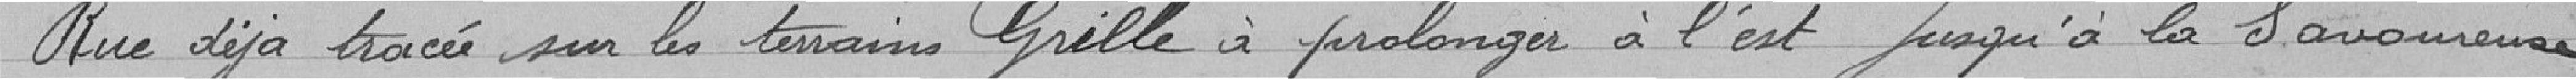
Rue déjà tracée sur les terrains Grille à prolonger à l'est jusqu'à la Savoureuse